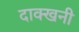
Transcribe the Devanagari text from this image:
दाक्खनी